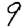
Digit: 9